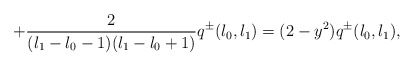
\begin{align*}+\frac{2}{(l_{1}-l_{0}-1)(l_{1}-l_{0}+1)} q^{\pm}(l_{0},l_{1})=(2-y^{2})q^{\pm}(l_{0},l_{1}),\end{align*}